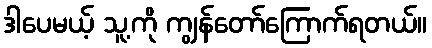
ဒါပေမယ့် သူ့ကို ကျွန်တော်ကြောက်ရတယ်။